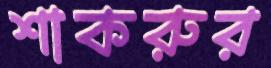
শাকরুর